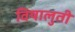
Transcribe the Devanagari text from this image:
विषालुती